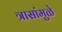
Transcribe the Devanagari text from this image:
त्रासांमुळे